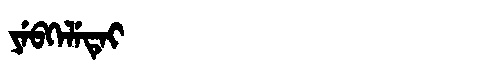
Manchu: ᠶᡝᠪᡴᡝᠯᡝᡨᡝᡳ
Romanization: YEBKELETEI